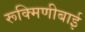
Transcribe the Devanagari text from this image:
रूक्मिणीबाई